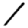
Digit: 1